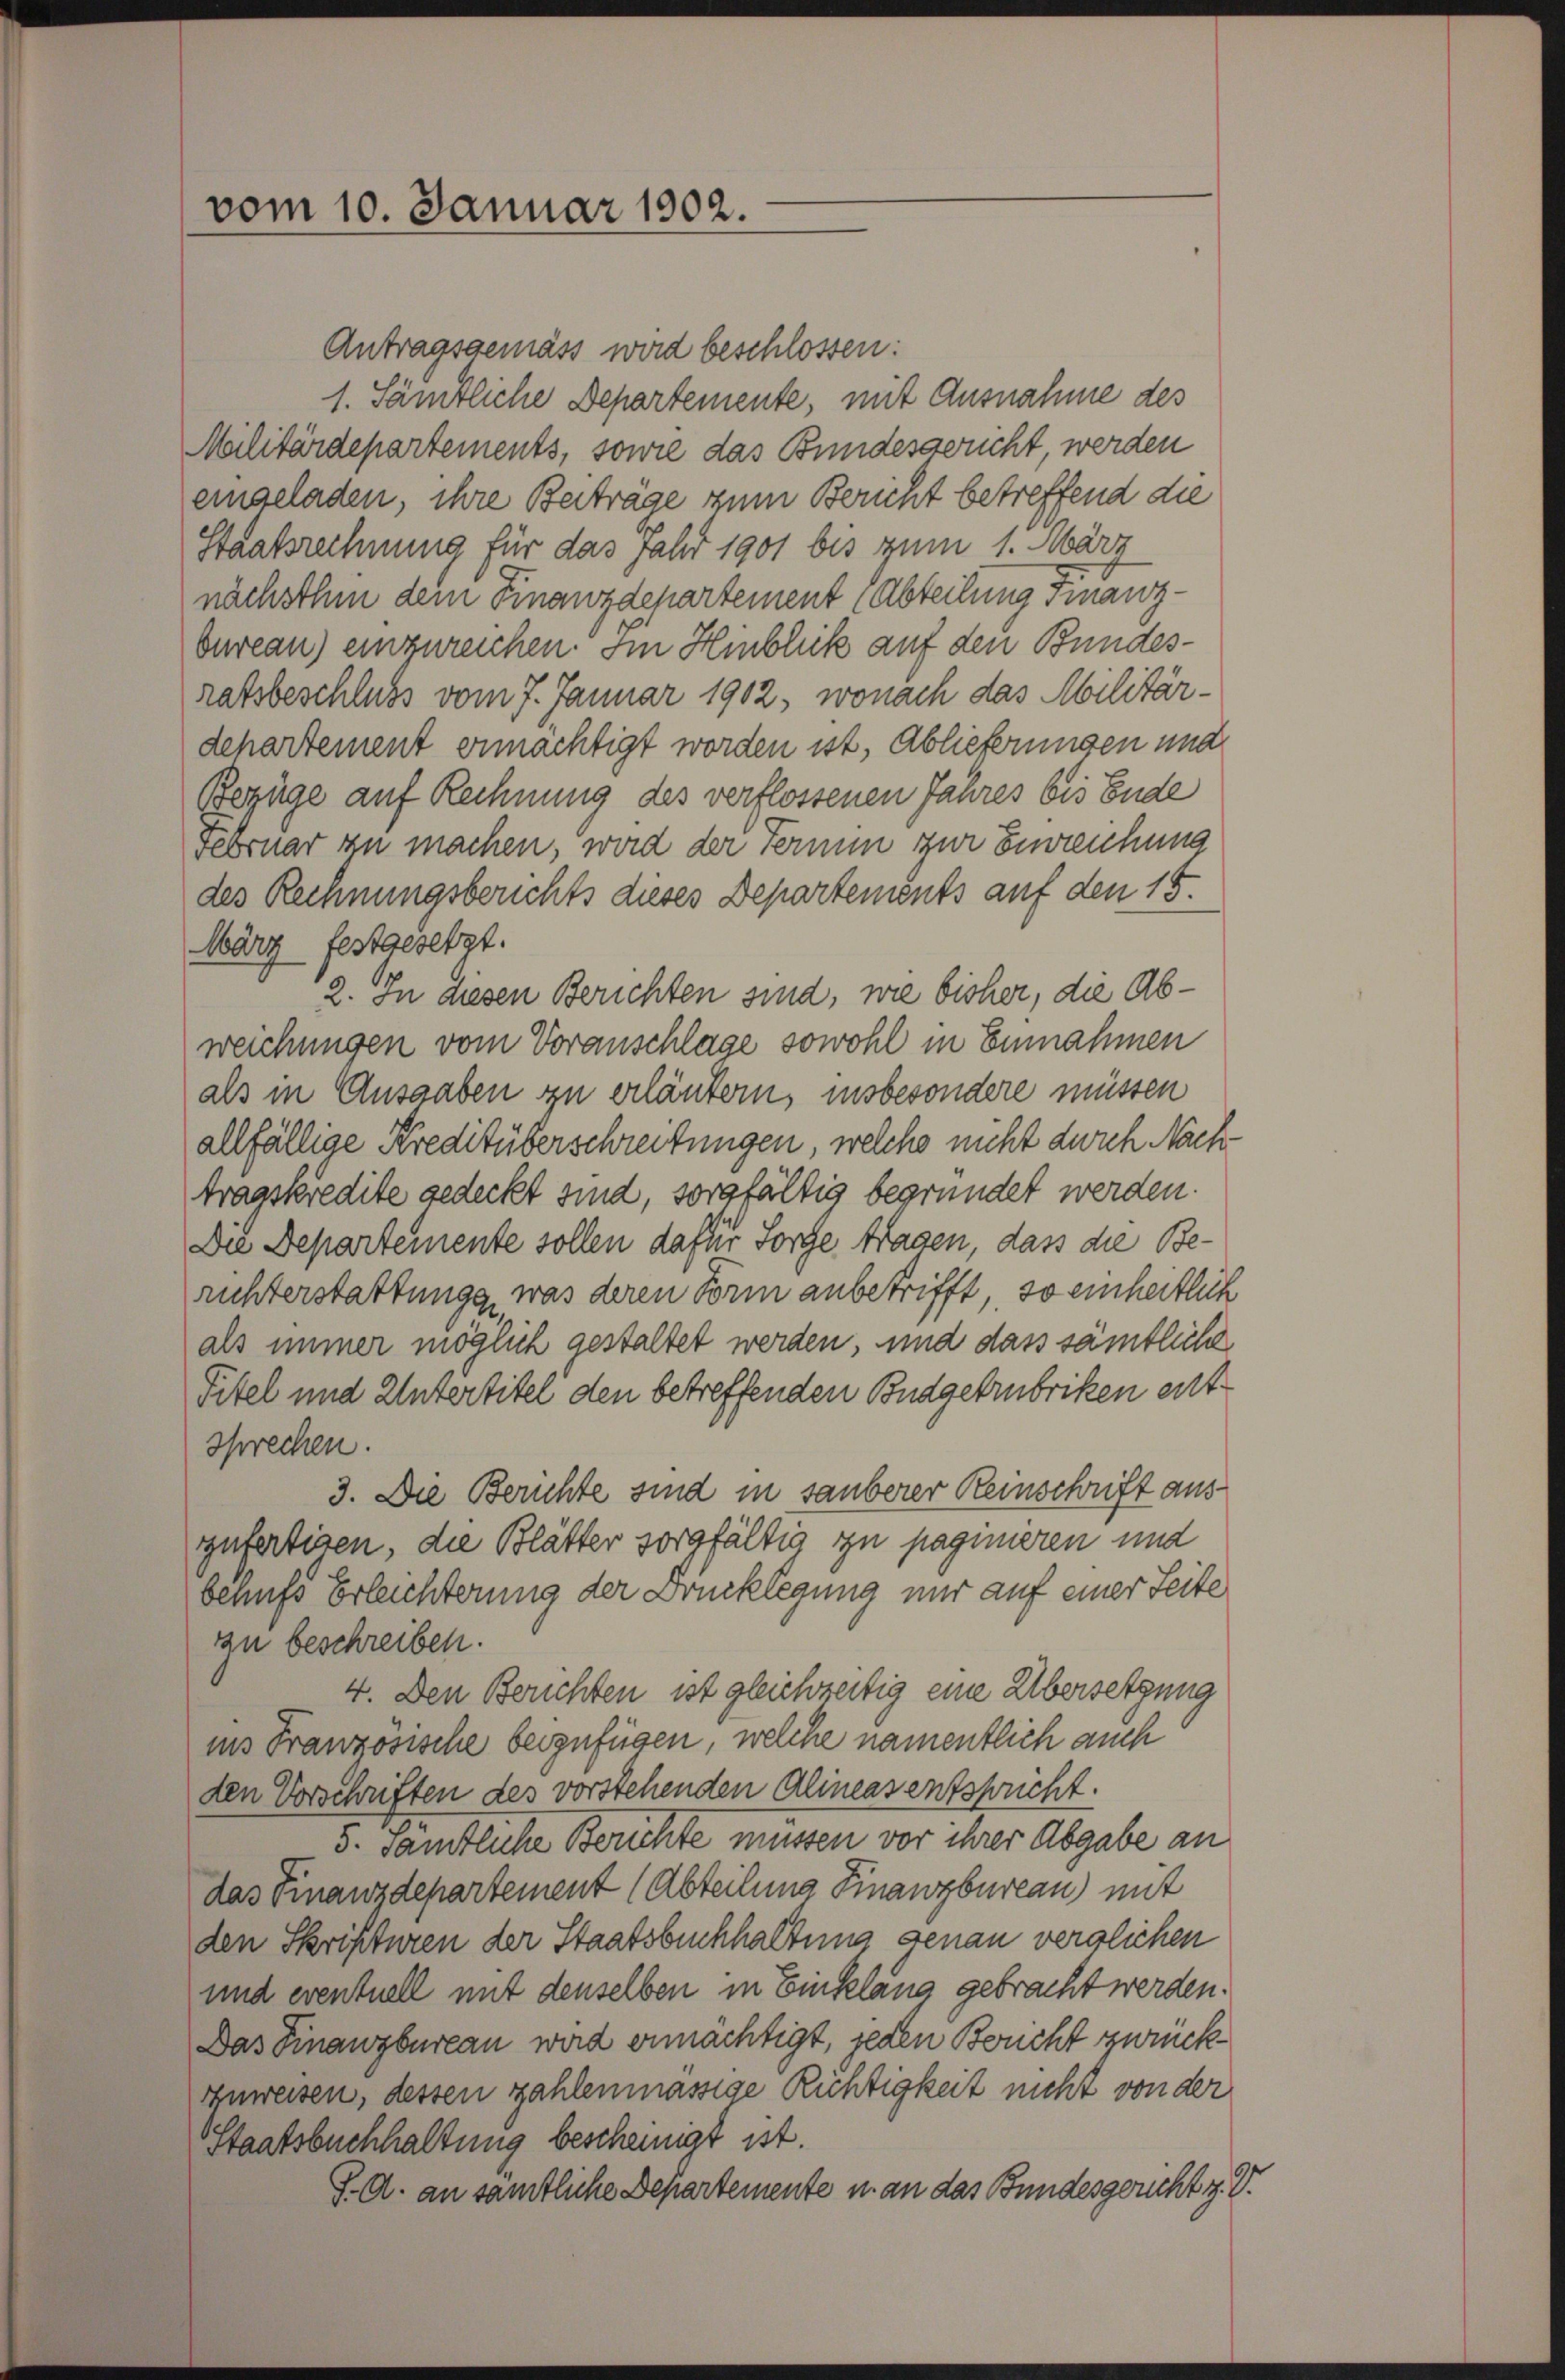
vom 10. Januar 1902.

Antragsgemäss wird beschlossen:
1. Sämtliche Departemente, mit Ausnahme des
Militärdepartements, sowie das Bundesgericht, werden
eingeladen, ihre Beiträge zum Bericht betreffend die
Staatsrechnung für das Jahr 1901 bis zum 1. März
nächsthin dem Finanzdepartement (Abteilung Finanzbureau) einzureichen. Im Hinblick auf den Bundesratsbeschluss vom 7. Januar 1902, wonach das Militär¬
Departement ermächtigt worden ist, Ablieferungen und
Bezüge auf Rechnung des verflossenen Jahres bis Ende
Februar zu machen, wird der Fernen zur Einreichung
des Rechnungsberichts dieses Departements auf den 15.
März festgesetzt.
2. In diesen Berichten sind, wie bisher, die Abweichungen vom Voranschlage sowohl in Einnahmen
als in Ausgaben zu erläutern, insbesondere müssen
allfällige Kreditüberschreibungen, welche nicht durch Nachtragskredite gedeckt sind, sorgfältig begründet werden.
Die Departemente sollen dafür Sorge tragen, dass die Berihterstattung, was deren Form anbetrifft, so einheitlich
als immer möglich gestaltet werden, und dass sämtliche
Titel und Untertitel den betreffenden Budgetrubriken ent
sprechen.
3. Die Berichte sind in sauberer Reinschrift aus
gufertigen, die Blätter sorgfältig zu paginieren und
berufs Erleichterung der Drucklegung nur auf einer Seite
zu beschreiben.
4. Den Berichten ist gleichzeitig eine Übersetzung
ins Französische beyzufügen, welche namentlich auch
den Vorschriften des vorstehenden Alineas entspricht.
5. Sämtliche Berichte müssen vor ihrer Abgabe an
das Finanzdepartement (Abteilung Finanzbureau) mit
den Skripturen der Staatsbuchhaltung genau verglichen
und eventuell mit denselben in Einklang gebracht werden.
Das Finanzbureau wird ermächtigt, jeden Brucht zurück
zuweisen, dessen zahlenmässige Richtigkeit nicht von der
Staatsbuchhaltung bescheinigt ist.
S. A. an sämtliche Departemente u. an das Bundesgericht z. B.